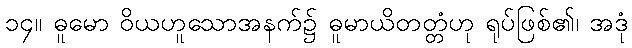
၁၄။ ဓူမော ဝိယဟူသောအနက်၌ ဓူမာယိတတ္တံဟု ရုပ်ဖြစ်၏၊ အဒုံ